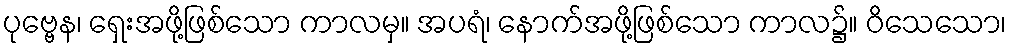
ပုဗ္ဗေန၊ ရှေးအဖို့ဖြစ်သော ကာလမှ။ အပရံ၊ နောက်အဖို့ဖြစ်သော ကာလ၌။ ဝိသေသော၊